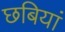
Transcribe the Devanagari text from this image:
छबियां